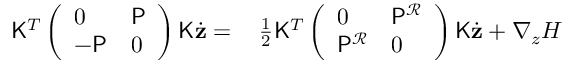
\begin{array} { r l } { \mathsf { K } ^ { T } \left( \begin{array} { l l } { 0 } & { \mathsf { P } } \\ { - \mathsf { P } } & { 0 } \end{array} \right) \mathsf { K } \dot { \mathbf { z } } = } & { { } \, \frac { 1 } { 2 } \mathsf { K } ^ { T } \left( \begin{array} { l l } { 0 } & { \mathsf { P } ^ { \mathcal { R } } } \\ { \mathsf { P } ^ { \mathcal { R } } } & { 0 } \end{array} \right) \mathsf { K } \dot { \mathbf { z } } + \nabla _ { z } H } \end{array}